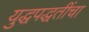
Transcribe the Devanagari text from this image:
युद्धपद्धतींचा